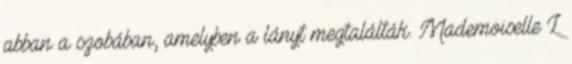
abban a szobában, amelyben a lányt megtalálták. Mademoiselle L.